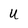
Character: U